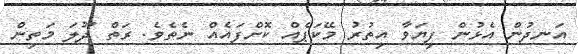
އަނދުން އެޅުން ފިޔަވާ އިތުރު މޭކަޕެއް ކޮށްފައެއް ނެތެވެ. ރަތް ދޫލަ މަތިން